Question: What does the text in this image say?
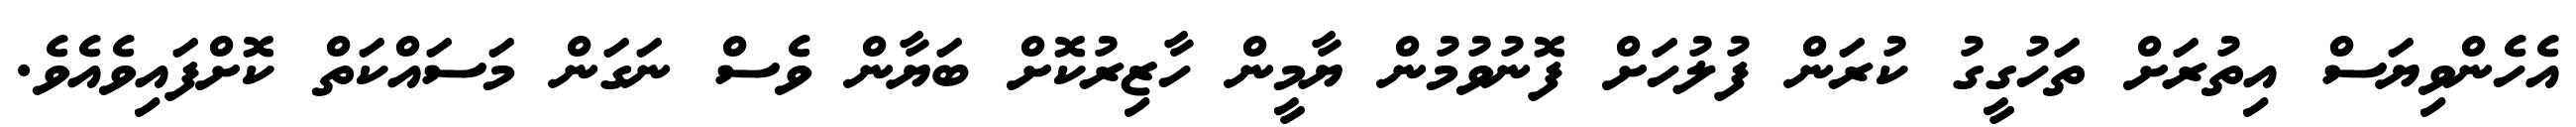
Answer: އެހެންވިޔަސް އިތުރަށް ތަހުގީގު ކުރަން ފުލުހަށް ފޮނުވުމުން ޔާމީން ހާޒިރުކޮށް ބަޔާން ވެސް ނަގަން މަސައްކަތް ކޮށްފައިވެއެވެ.